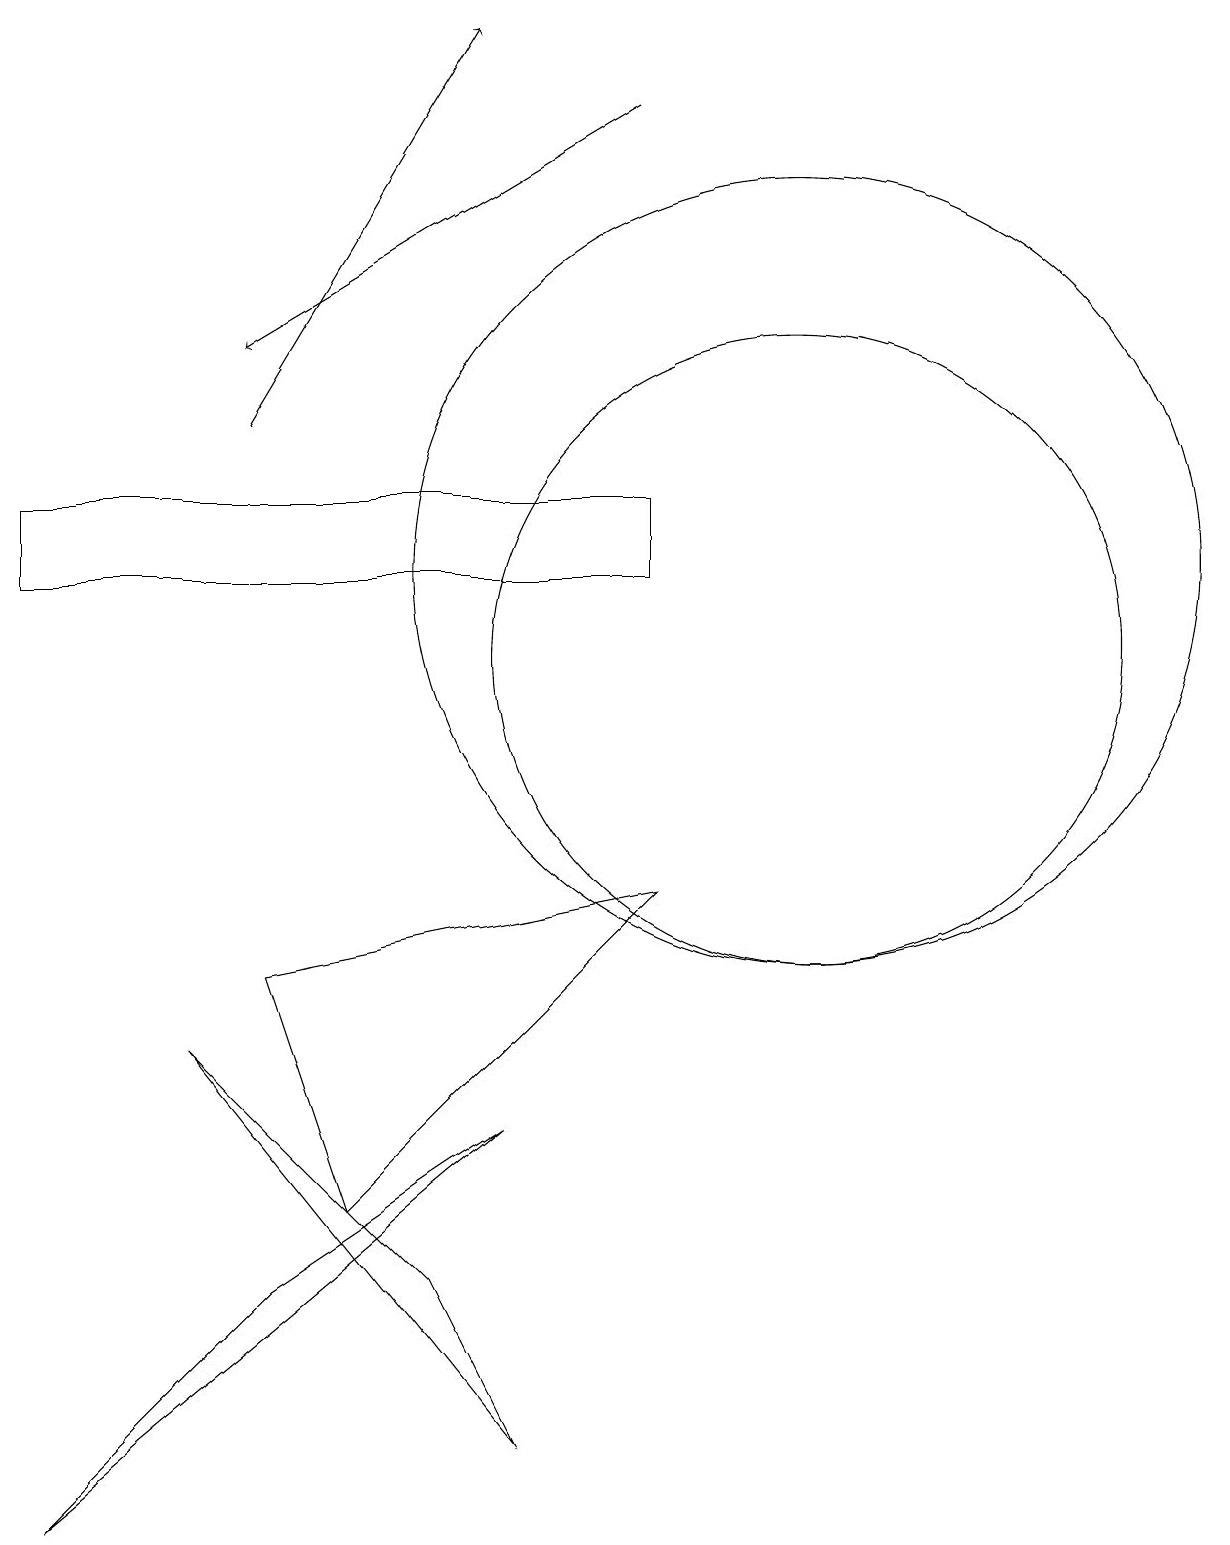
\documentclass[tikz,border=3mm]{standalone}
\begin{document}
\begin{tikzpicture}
\draw (10,12) circle (5);
\draw (3,3) -- (0,0) -- (6,5) -- cycle;
\draw (8,8) -- (3,7) -- (4,4) -- cycle;
\draw[->] (3,14) -- (6,19);
\draw[->] (8,18) -- (3,15);
\draw (5,3) -- (6,1) -- (2,6) -- cycle;
\draw (8,12) rectangle (0,13);
\draw (10,11) circle (4);
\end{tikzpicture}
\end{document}